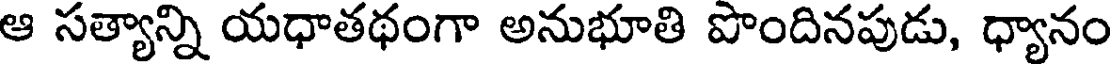
ఆ సత్యాన్ని యధాతథంగా అనుభూతి పొందినపుడు, ధ్యానం